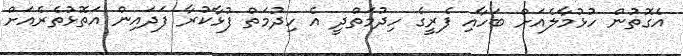
އެގޮތުން ހުޅުމާލެއަށް ބަހާއި ފެރީގެ ހިދުމަތްދީ އެ ހިދުމަތް ފުޅާކުރާ ފަދައިން އަތޮޅުތެރެއަށް